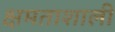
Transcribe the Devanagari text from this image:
क्षमताशाली